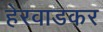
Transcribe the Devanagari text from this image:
हेरवाडकर